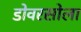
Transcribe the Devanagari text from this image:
डोवरसोला